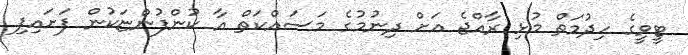
ޓީވީގެ ހިދުމަތް މުޅި ރާއްޖެ އަށް ދިނުމުގެ މަސައްކަތް އާ ކުންފުންޏަކުން ފަށައިފި